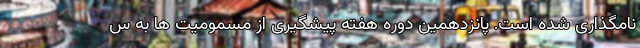
‌نامگذاری شده است. پانزدهمین دوره هفته پیشگیری از مسمومیت ها به س